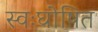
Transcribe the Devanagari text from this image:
स्वःघोषित